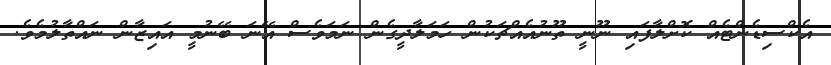
އެކްސިޑެންޓެއް ކޮށްލާފައި ނޫނީ ތޫނުއެއްޗަކުން ހަމަލާދީގެން ނަމަވެސް އޭނަ ބޭނުމީ އައިޒާން ނައްތާލުމެވެ.